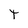
Character: T